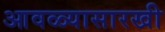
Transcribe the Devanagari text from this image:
आवळ्यासारखी